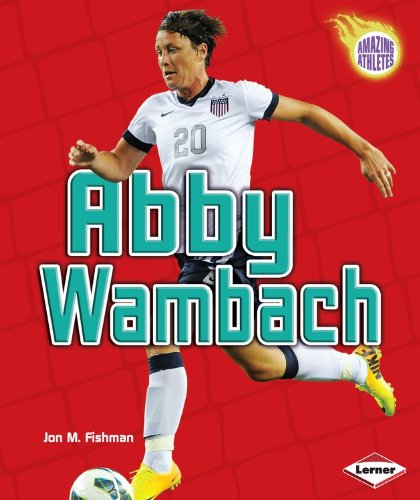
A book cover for Abby Wambach (Amazing Athletes); Jon M. Fishman; Children's Books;